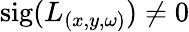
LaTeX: \textrm{sig}({L}_{(x,y,\omega)})\ne 0